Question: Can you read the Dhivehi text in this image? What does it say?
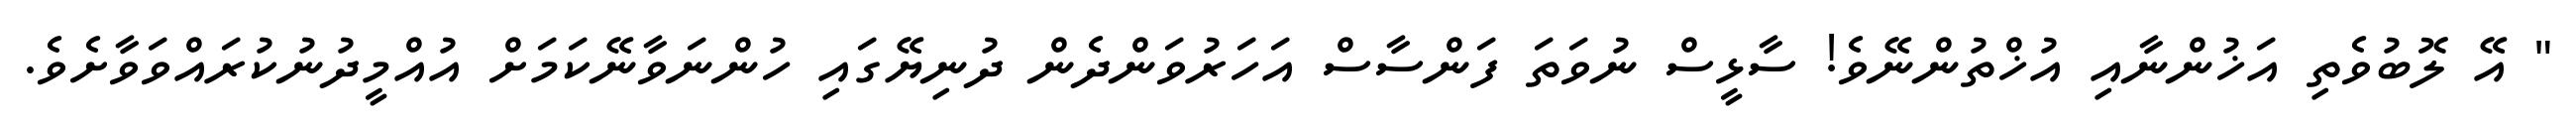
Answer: " އޭ ލޮބުވެތި އަޚުންނާއި އުޚްތުންނޭވެ! ސާޅީސް ނުވަތަ ފަންސާސް އަހަރުވަންދެން ދުނިޔޭގައި ހުންނަވާނޭކަމަށް އުއްމީދުނުކުރައްވަވާށެވެ.